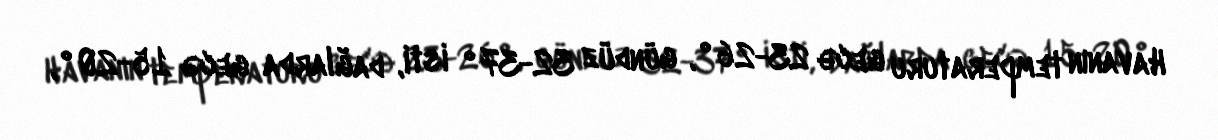
Havanın temperaturu gecə 23-26°, gündüz 32-37° isti, dağlarda gecə 15-20°,